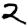
Digit: 2